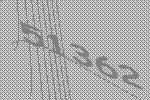
51362